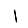
Digit: 1